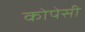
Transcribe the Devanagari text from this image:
कोपेसी